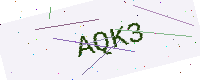
Text: AQK3